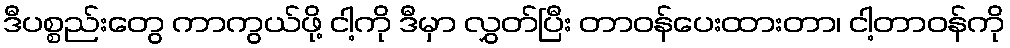
ဒီပစ္စည်းတွေ ကာကွယ်ဖို့ ငါ့ကို ဒီမှာ လွှတ်ပြီး တာဝန်ပေးထားတာ၊ ငါ့တာဝန်ကို